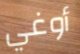
أوغي